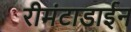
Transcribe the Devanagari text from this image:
रीमंटाडाईन